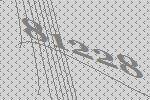
81228